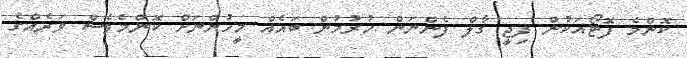
ކޮންމެ ފޮޓޯއަކުން ފިޖީ ގާލް ފެންނަން ހުރުމުން ބައެއް މީހުންނަށް ކޮންމެވެސް ވަރެއްގެ